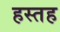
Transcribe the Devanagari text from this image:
हस्तह